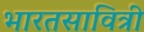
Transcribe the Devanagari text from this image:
भारतसावित्री